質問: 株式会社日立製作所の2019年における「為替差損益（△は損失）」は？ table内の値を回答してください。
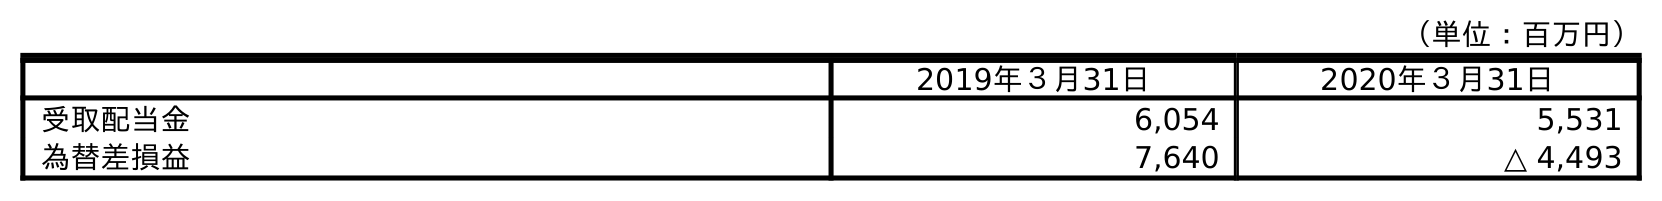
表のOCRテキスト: （単位：百万円） 2019年３月31日 2020年３月31日 受取配当金 6,054 5,531 為替差損益 7,640 △ 4,493
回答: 7,640